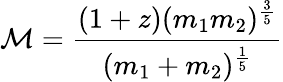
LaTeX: \mathcal{M}=\frac{(1+z)(m_{1}m_{2})^{\frac{3}{5}}}{(m_{1}+m_{2})^{\frac{1}{5}}}